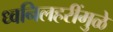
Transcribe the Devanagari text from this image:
ध्वनिलहरींमुळे